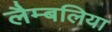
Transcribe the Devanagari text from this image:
लैम्बलिया